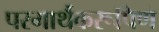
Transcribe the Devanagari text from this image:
परमार्थैकरूपिणे